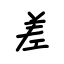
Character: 差